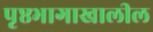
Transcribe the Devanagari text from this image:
पृ़ष्ठभागाखालील